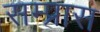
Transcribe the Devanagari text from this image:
सम्प्रास